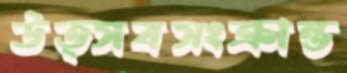
উত্সবসংক্রান্ত